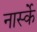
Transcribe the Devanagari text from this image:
नार्स्के